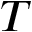
T